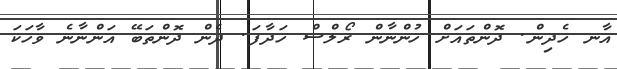
އާނ ހެދިން. ދޮންތައަށް ހުންނާން ރޯލްސް ހަދާފަ. ދެން ދޮންތަބޭ އަންނާނެ ވާހަކަ